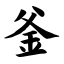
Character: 釜